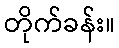
တိုက်ခန်း။